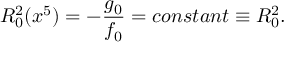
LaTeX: R _ { 0 } ^ { 2 } ( x ^ { 5 } ) = - \frac { g _ { 0 } } { f _ { 0 } } = c o n s t a n t \equiv R _ { 0 } ^ { 2 } .